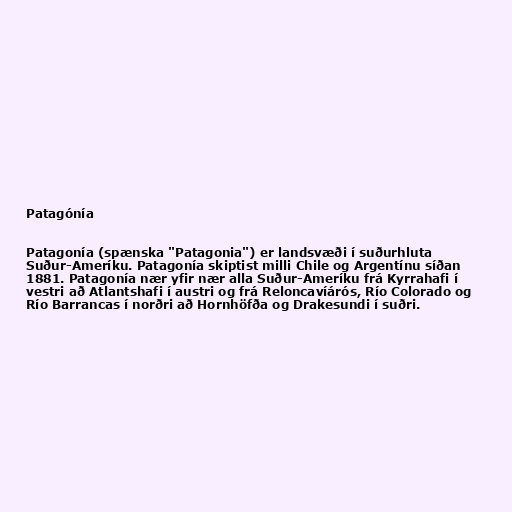
Patagónía

Patagonía (spænska "Patagonia") er landsvæði í suðurhluta
Suður-Ameríku. Patagonía skiptist milli Chile og Argentínu síðan
1881. Patagonía nær yfir nær alla Suður-Ameríku frá Kyrrahafi í
vestri að Atlantshafi í austri og frá Reloncavíárós, Río Colorado og
Río Barrancas í norðri að Hornhöfða og Drakesundi í suðri.